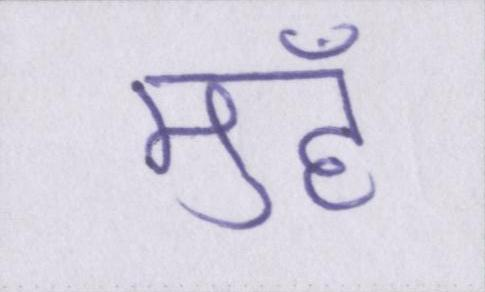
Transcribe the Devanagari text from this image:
मुहँ